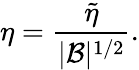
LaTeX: \eta=\frac{\tilde{\eta}}{|\mathcal{B}|^{1/2}}.